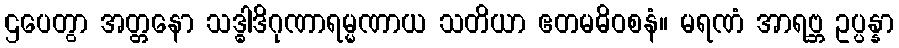
ဌပေတွာ အတ္တနော သဒ္ဓါဒိဂုဏာရမ္မဏာယ သတိယာ ဧတမဓိဝစနံ။ မရဏံ အာရဗ္ဘ ဥပ္ပန္နာ